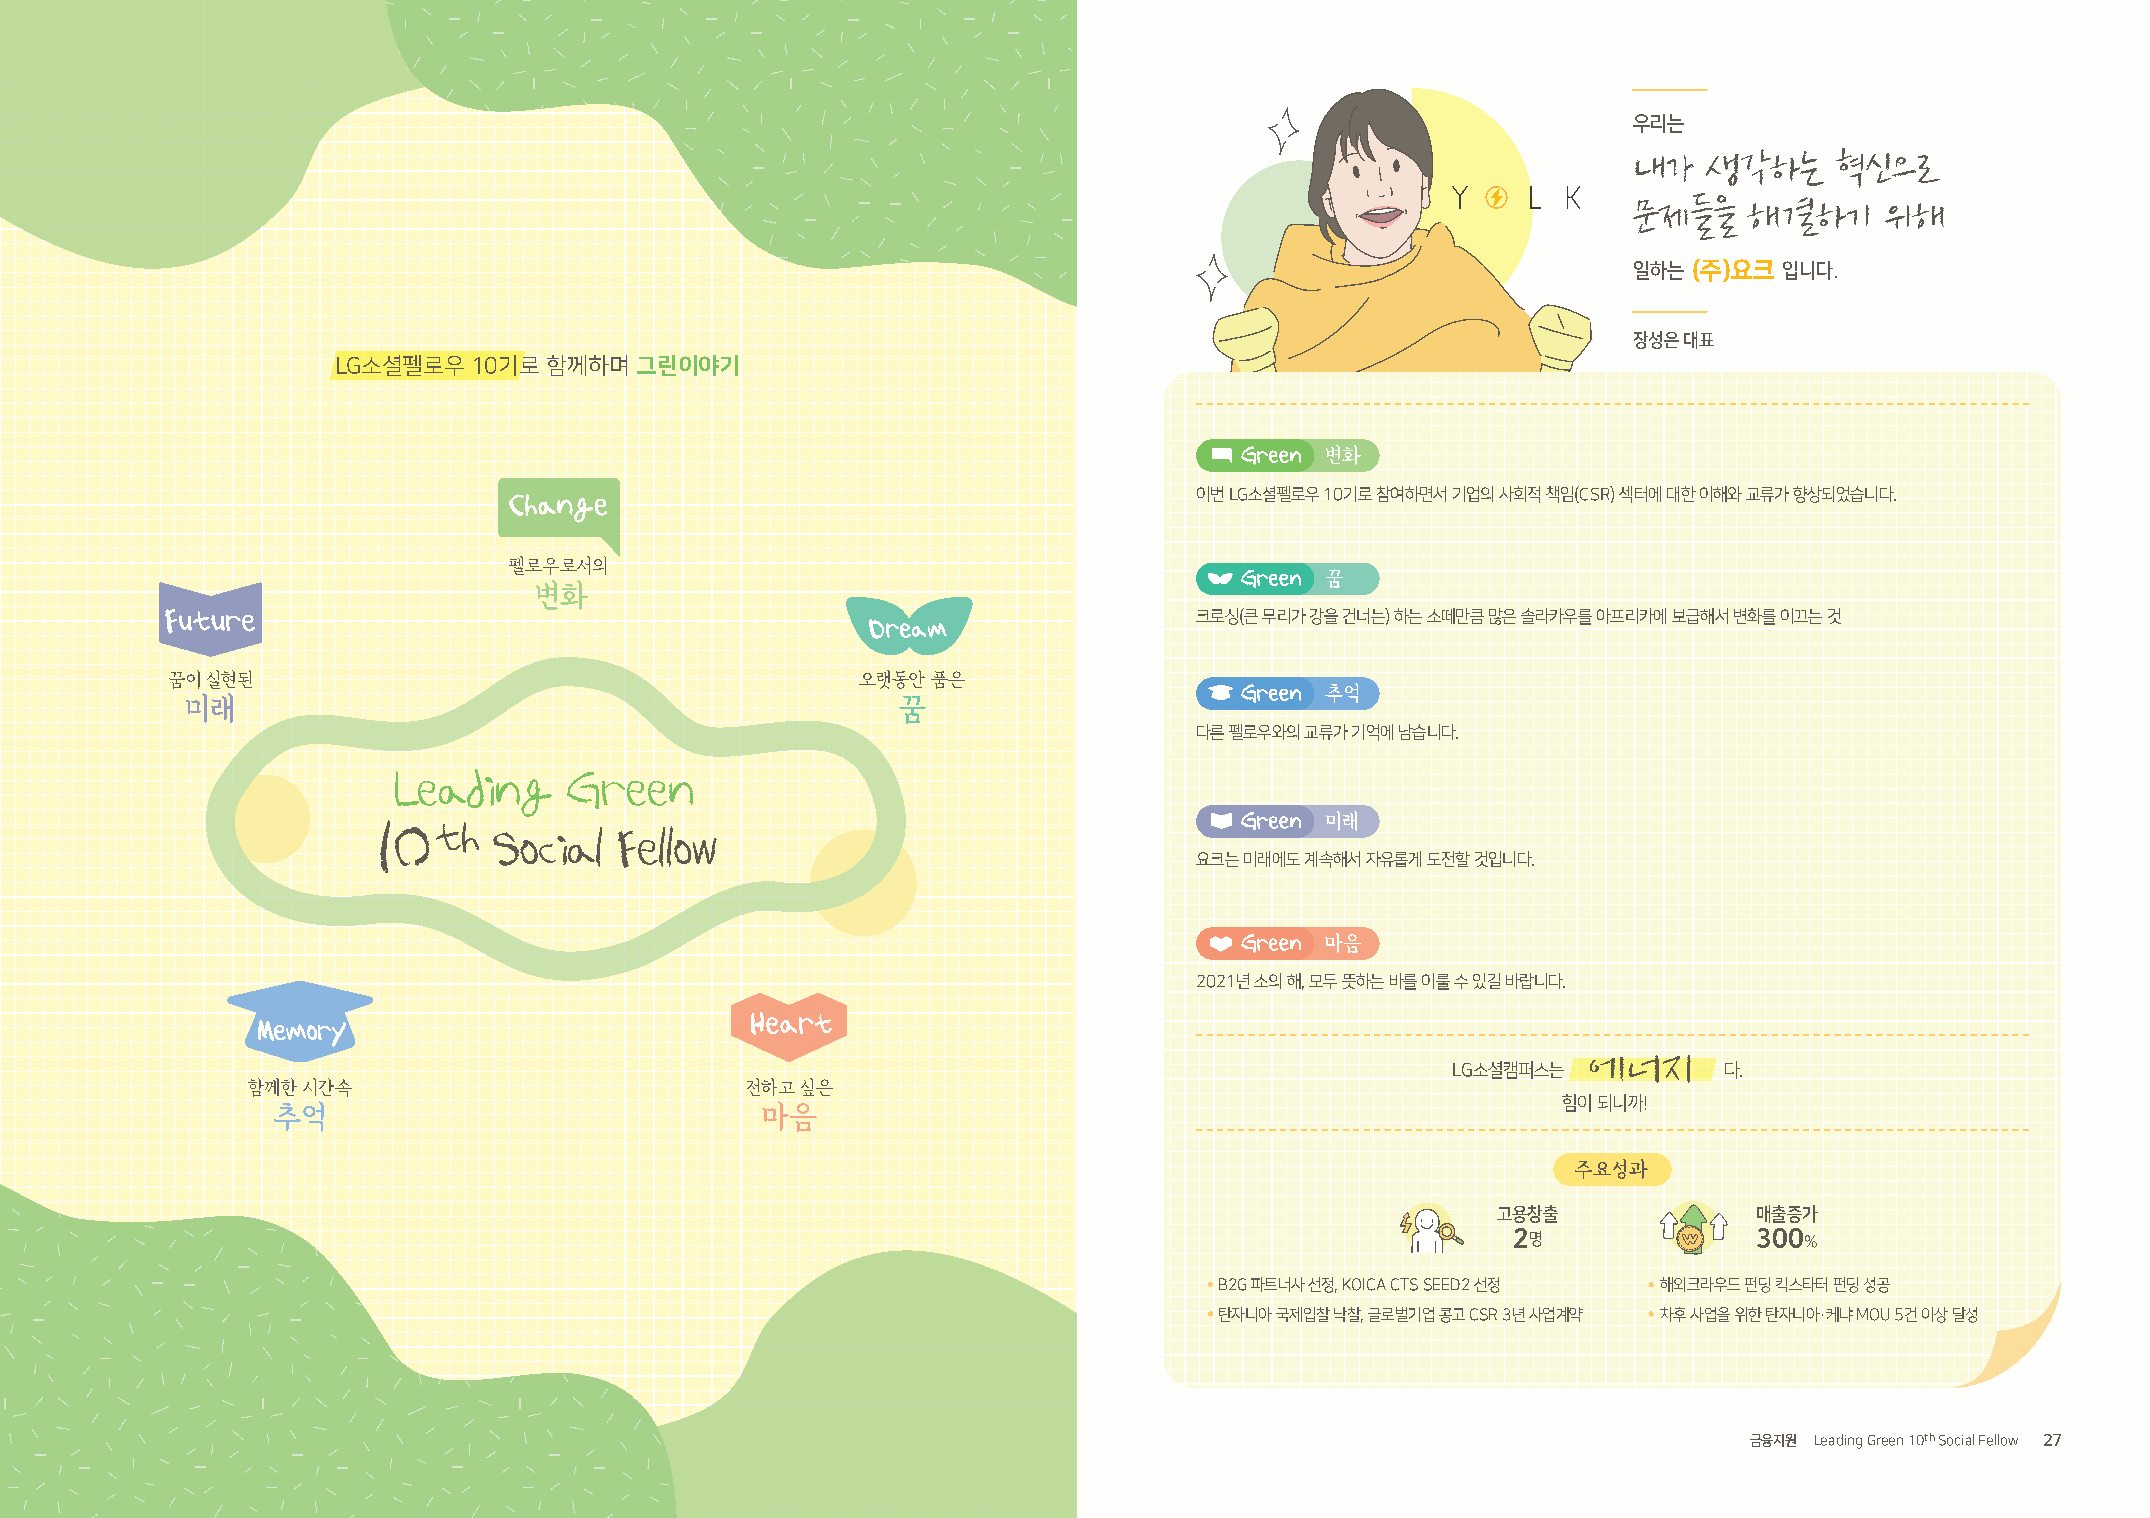
우리는
 내가   생각하는     혁신으로
 문제들을    해결하기     위해
 일하는 (주)요크 입니다.
 장성은 대표
 LG소셜펠로우  10기로 함께하며  그린이야기
 Green 변화
 Change                                       이번 LG소셜펠로우 10기로 참여하면서 기업의 사회적 책임(CSR) 섹터에 대한 이해와 교류가 향상되었습니다.
 펠로우로서의
 Green 꿈
 변화
 Future                                                              크로싱(큰 무리가 강을 건너는) 하는 소떼만큼 많은 솔라카우를 아프리카에 보급해서 변화를 이끄는 것
 Dream
 꿈이 실현된                                        오랫동안 품은
 Green 추억
 미래                                             꿈
 다른 펠로우와의 교류가 기억에 남습니다.
 Leading     Green
 10th                                                     Green 미래
 Social  Fellow
 요크는 미래에도 계속해서 자유롭게 도전할 것입니다.
 Green 마음
 2021년 소의 해, 모두 뜻하는 바를 이룰 수 있길 바랍니다.
 Heart
 Memory
 에너지
 LG소셜캠퍼스는          다.
 함께한 시간속                          전하고 싶은
 힘이 되니까!
 추억                              마음
 주요성과
 고용창출             매출증가
 2명              300
 %
 B2G 파트너사 선정, KOICA CTS SEED2 선정 해외크라우드 펀딩 킥스타터 펀딩 성공
 탄자니아 국제입찰 낙찰, 글로벌기업 콩고 CSR 3년 사업계약 차후 사업을 위한 탄자니아·케냐 MOU 5건 이상 달성
 26 LG SOCIAL CAMPUS 2020 ANNUAL REPORT                                                                        금융지원 Leading Green 10th Social Fellow 27